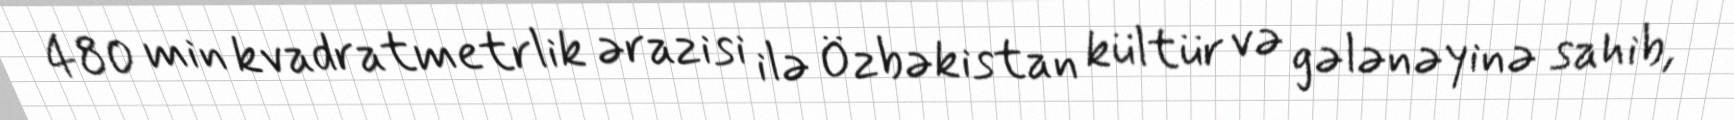
480 min kvadratmetrlik ərazisi ilə Özbəkistan kültür və gələnəyinə sahib,